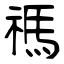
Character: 禡